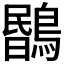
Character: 𪃯